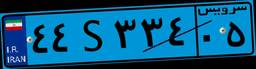
۱۹S۷۴۰۸۲